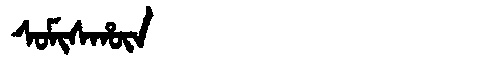
Manchu: ᠰᠣᠮᡳᠰᡥᡡᠨ
Romanization: SOMISHŪN